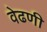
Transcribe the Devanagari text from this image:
वेढणी